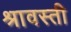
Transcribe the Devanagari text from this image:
श्रावस्‍ती